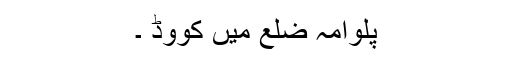
پلوامہ ضلع میں کووِڈ ۔